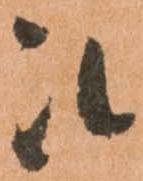
被